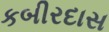
કબીરદાસ